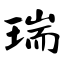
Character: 瑞